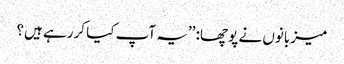
میزبانوں نے پوچھا: ’’یہ آپ کیا کررہے ہیں؟